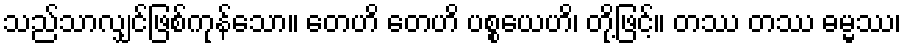
သည်သာလျှင်ဖြစ်ကုန်သော။ တေဟိ တေဟိ ပစ္စယေဟိ၊ တို့ဖြင့်။ တဿ တဿ ဓမ္မဿ၊